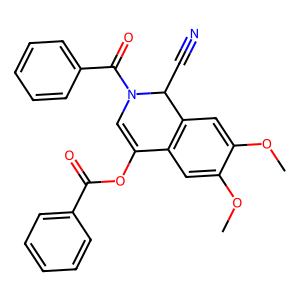
SMILES: COc1cc2c(cc1OC)C(C#N)N(C(=O)c1ccccc1)C=C2OC(=O)c1ccccc1
Inhibits HIV replication: No